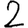
Digit: 2